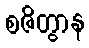
စဇိတွာန